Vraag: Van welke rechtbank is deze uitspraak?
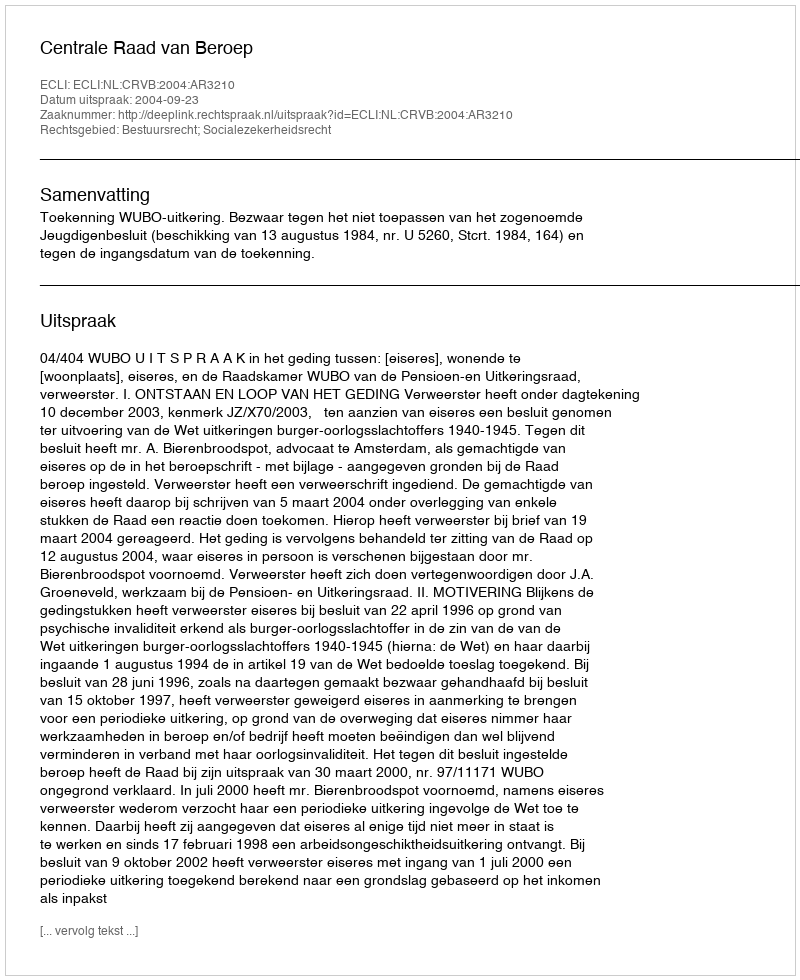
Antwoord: Centrale Raad van Beroep